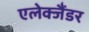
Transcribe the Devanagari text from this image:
एलेक्जैंडर